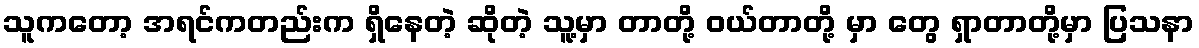
သူကတော့ အရင်ကတည်းက ရှိနေတဲ့ ဆိုတဲ့ သူ့မှာ တာတို့ ဝယ်တာတို့ မှာ တွေ ရှာတာတို့မှာ ပြသနာ